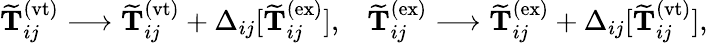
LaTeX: \begin{array}{rl}{\mathbf{\widetilde{T}}_{ij}^{(\mathrm{vt})}\longrightarrow\mathbf{\widetilde{T}}_{ij}^{(\mathrm{vt})}+\Delta_{ij}[\mathbf{\widetilde{T}}_{ij}^{(\mathrm{ex})}],}&{\mathbf{\widetilde{T}}_{ij}^{(\mathrm{ex})}\longrightarrow\mathbf{\widetilde{T}}_{ij}^{(\mathrm{ex})}+\Delta_{ij}[\mathbf{\widetilde{T}}_{ij}^{(\mathrm{vt})}],}\end{array}